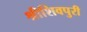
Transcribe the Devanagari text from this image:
श्रीशिवपुरी